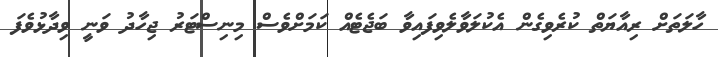
ހާލަތަށް ރިއާޔަތް ކުރެވިގެން އެކުލަވާލެވިފައިވާ ބަޖެޓެއް ކަމަށްވެސް މިނިސްޓަރު ޖިހާދު ވަނީ ވިދާޅުވެފަ